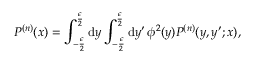
P ^ { ( n ) } ( x ) = \int _ { - \frac { \epsilon } { 2 } } ^ { \frac { \epsilon } { 2 } } \mathrm { d } y \int _ { - \frac { \epsilon } { 2 } } ^ { \frac { \epsilon } { 2 } } \mathrm { d } y ^ { \prime } \, \phi ^ { 2 } ( y ) P ^ { ( n ) } ( y , y ^ { \prime } ; x ) ,